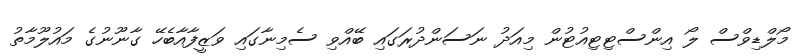
މޯލްޑިވްސް ލޯ އިންސްޓިޓިއުޓުން މިއަދު ނަސަންދުރަގައި ބޭއްވި ސެމިނާގައި ވަޒީފާއާބެހޭ ގާނޫނުގެ މައުލޫމާތު